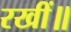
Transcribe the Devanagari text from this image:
रखीं॥